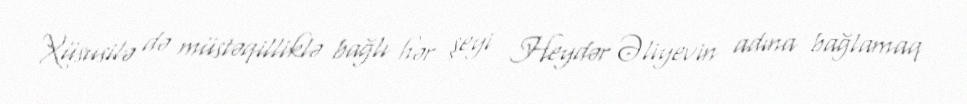
Xüsusilə də müstəqilliklə bağlı hər şeyi Heydər Əliyevin adına bağlamaq